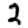
Digit: 2